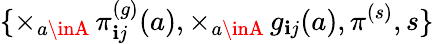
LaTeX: \{ \times_{a\inA}\, \pi_{\mathbf{i}j}^{(g)}(a),\times_{a\inA}\, g_{\mathbf{i}j}(a),\pi^{(s)},s\}